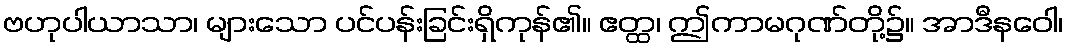
ဗဟုပါယာသာ၊ များသော ပင်ပန်းခြင်းရှိကုန်၏။ ဧတ္ထ၊ ဤကာမဂုဏ်တို့၌။ အာဒီနဝေါ၊